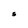
Character: S